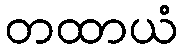
တထာယံ